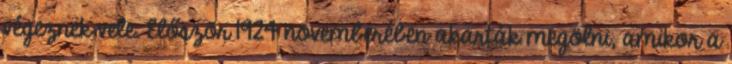
végeznek vele. Először 1924 novemberében akarták megölni, amikor a